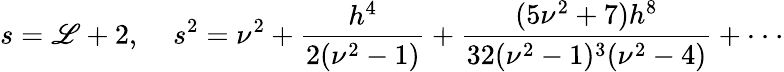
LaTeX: s=\mathscr{L}+2,\; \; \; \; s^{2}=\nu^{2}+\frac{{h^{4}}}{{2(\nu^{2}-1)}}+\frac{{(5\nu^{2}+7)h^{8}}}{{32(\nu^{2}-1)^{3}(\nu^{2}-4)}}+\cdot\cdot\cdot